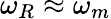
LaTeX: \omega_{R}\approx\omega_{m}